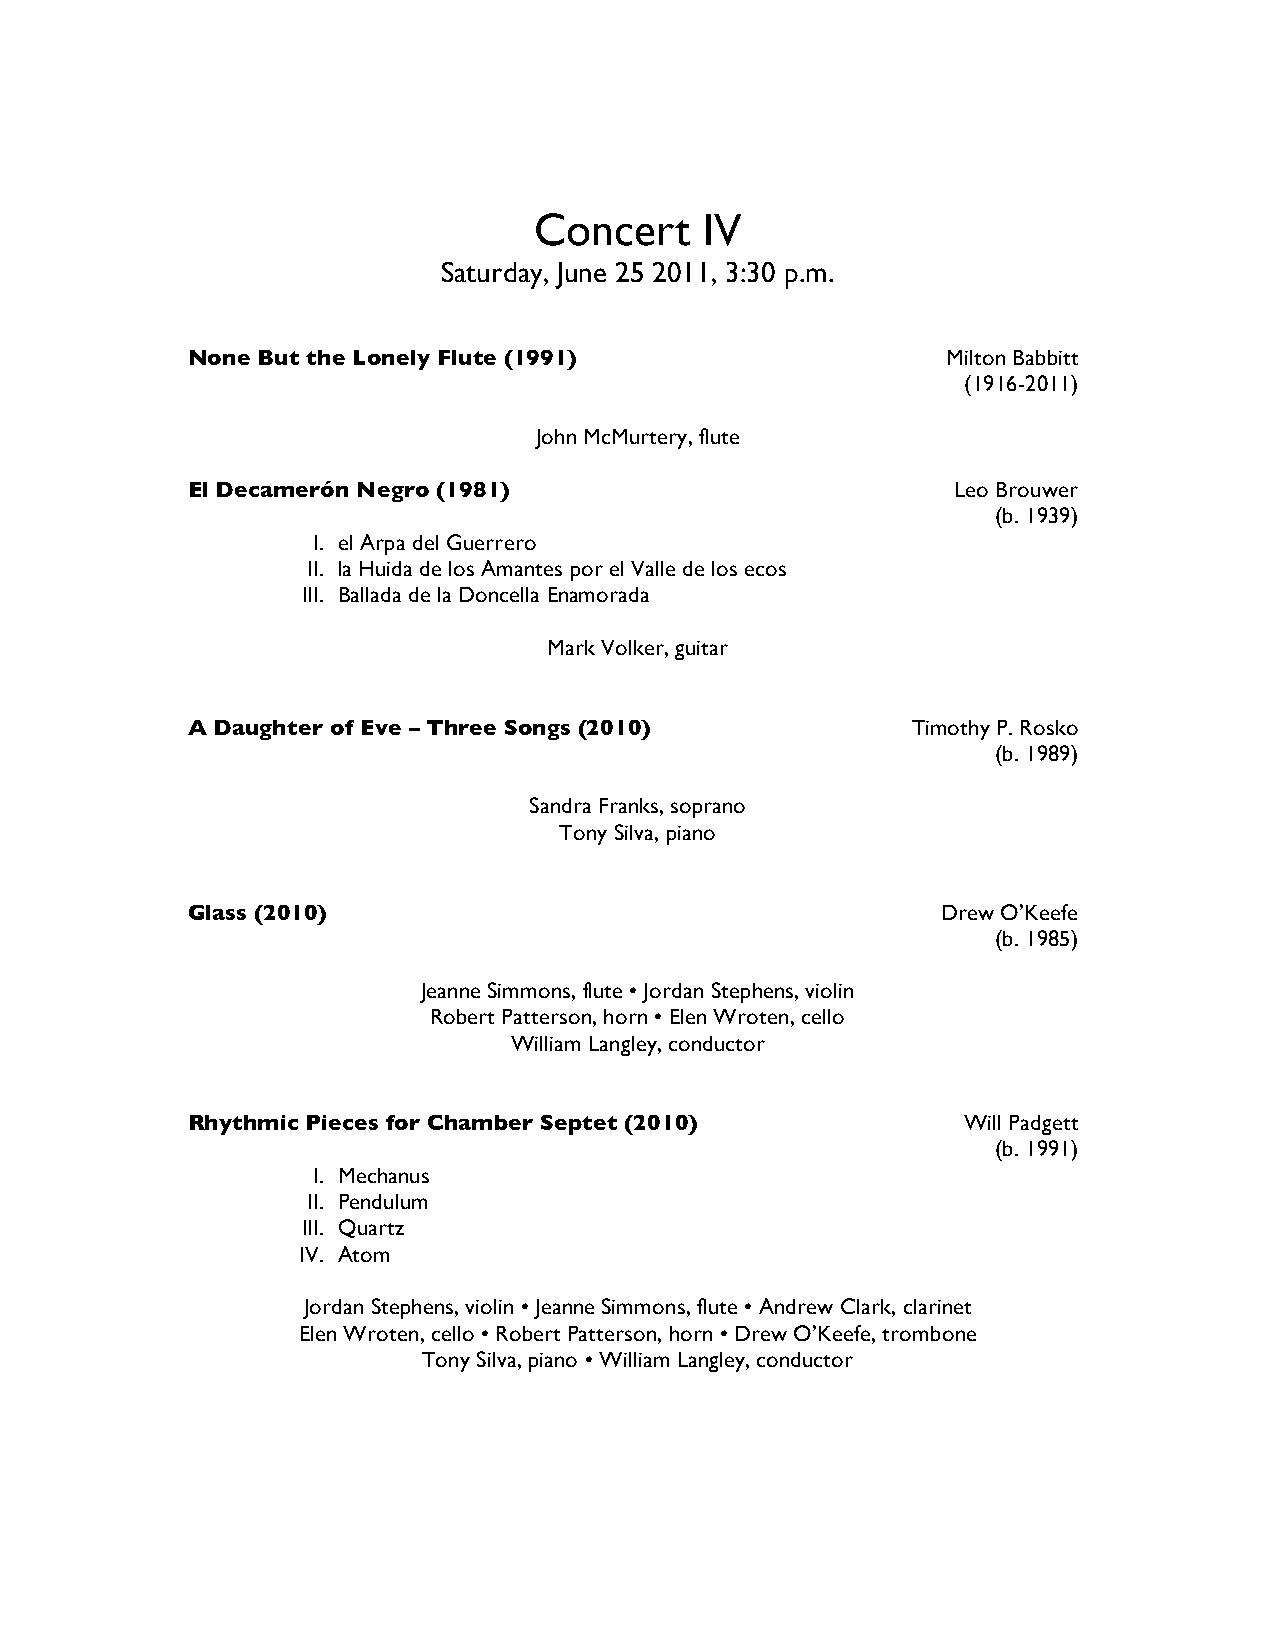
Concert     IV
 Saturday, June 25 2011, 3:30 p.m.
 None But the Lonely Flute (1991)                   Milton Babbitt
 (1916-2011)
 John McMurtery, flute
 El Decamerón Negro (1981)                          Leo Brouwer
 (b. 1939)
 I. el Arpa del Guerrero
 II. la Huida de los Amantes por el Valle de los ecos
 III. Ballada de la Doncella Enamorada
 Mark Volker, guitar
 A Daughter of Eve – Three Songs (2010)          Timothy P. Rosko
 (b. 1989)
 Sandra Franks, soprano
 Tony Silva, piano
 Glass (2010)                                      Drew O’Keefe
 (b. 1985)
 Jeanne Simmons, flute • Jordan Stephens, violin
 Robert Patterson, horn • Elen Wroten, cello
 William Langley, conductor
 Rhythmic Pieces for Chamber Septet (2010)           Will Padgett
 (b. 1991)
 I. Mechanus
 II. Pendulum
 III. Quartz
 IV. Atom
 Jordan Stephens, violin • Jeanne Simmons, flute • Andrew Clark, clarinet
 Elen Wroten, cello • Robert Patterson, horn • Drew O’Keefe, trombone
 Tony Silva, piano • William Langley, conductor